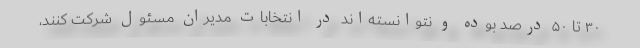
۳۰ تا ۵۰ درصد بوده و نتوانسته‌اند در انتخابات مدیران مسئول شرکت کنند،